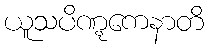
ယူသပိဏ္ဋကေနာတိ